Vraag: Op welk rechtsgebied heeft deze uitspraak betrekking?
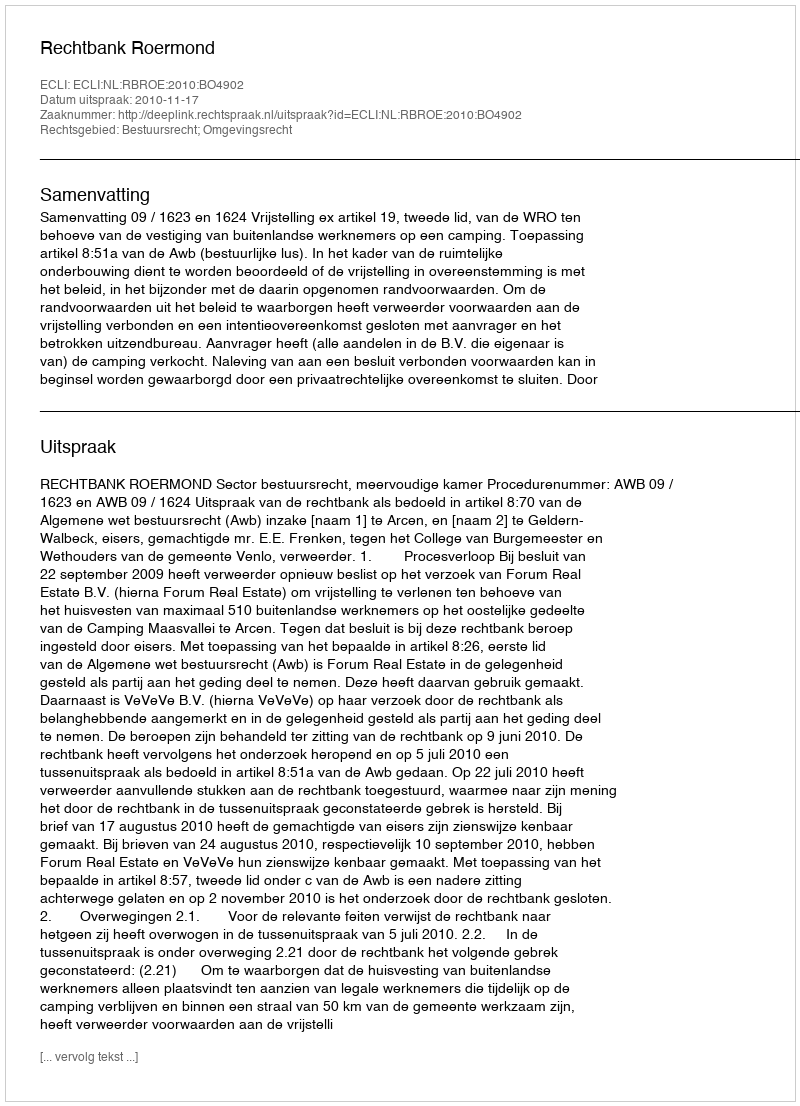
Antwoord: Bestuursrecht; Omgevingsrecht